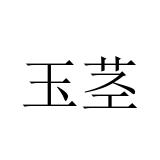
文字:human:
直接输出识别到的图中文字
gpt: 玉茎